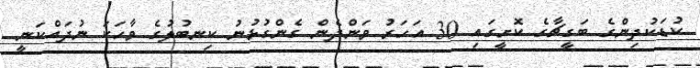
ކުޑަކުދިންގެ ބަގީޗާގެ ކޮށީގައި 30 އަހަރު ވަންދެން ގެންގުޅުނު ކިނބުލުގެ ވާހަކަ ނުދައްކަނީ